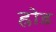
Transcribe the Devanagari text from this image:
ह्रोड